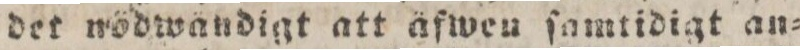
det nödwåndigt att äfwen ſamtidigt an=